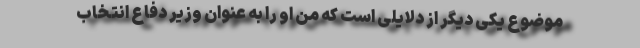
موضوع یکی دیگر از دلایلی است که من او را به عنوان وزیر دفاع انتخاب